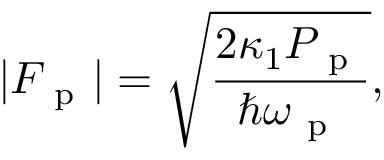
| F _ { \mathrm { ~ p ~ } } | = \sqrt { \frac { 2 \kappa _ { 1 } P _ { \mathrm { ~ p ~ } } } { \hbar \omega _ { \mathrm { ~ p ~ } } } } ,